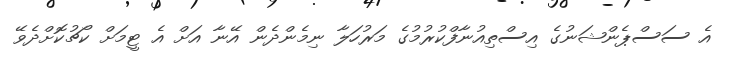
އެ ސަސްޕެންޝަނުގެ އިސްތިއުނާފްކުރުމުގެ މަރުހަލާ ނިމެންދެން އޭނާ އަށް އެ ޓީމަށް ކޯޗުކޮށްދެވޭ